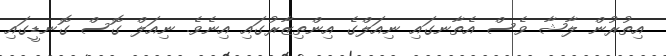
އިތުރުން ލާޝާ ވެސް އެތާނގައި ނިއަލްގެ އިންތިޒާރުގައި އިނެވެ. ނިއަލް ގޮސް ގޮނޑީގައި